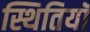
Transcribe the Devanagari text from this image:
स्थितियॉ